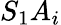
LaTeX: S_{1}A_{i}